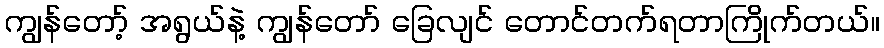
ကျွန်တော့် အရွယ်နဲ့ ကျွန်တော် ခြေလျင် တောင်တက်ရတာကြိုက်တယ်။